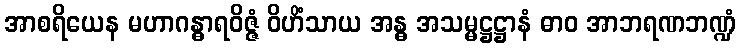
အာစရိယေန မဟာဂန္ဓာရဝိဇ္ဇံ ဝိဟိံသာယ အန္ဓ အသမ္မဋ္ဌဋ္ဌာနံ ဓာဝ အာဘရဏဘဏ္ဍံ